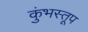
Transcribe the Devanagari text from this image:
कुंभस्तूप